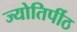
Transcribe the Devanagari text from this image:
ज्योतिर्पीठ